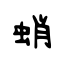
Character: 蛸